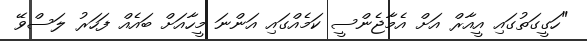
"ހަގީގަތުގައި އީއާރް އަށް އެމާޖެންސީ ކަމެއްގައި އަންނަ މީހާއަށް ބައެއް ފަހަރު ލަސްވޭ